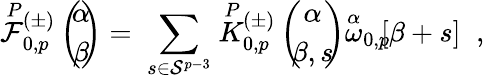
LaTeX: \stackrel{P}{\cal F}{}\! \! _{0,p}^{(\pm)}\left(\begin{array}{c}{{\! \! \alpha\! \! }}\\ {{\! \! \beta\! \! }}\end{array}\right)=\; \sum_{s\in{\cal S}^{p-3}}\stackrel{P}{K}{}\! \! _{0,p}^{(\pm)}\left(\begin{array}{c}{{\! \! \alpha\! \! }}\\ {{\! \! \beta,s\! \! }}\end{array}\right)\stackrel{\alpha}{\omega}_{0,p}\! \! \lbrack\beta+s\rbrack\; \; ,